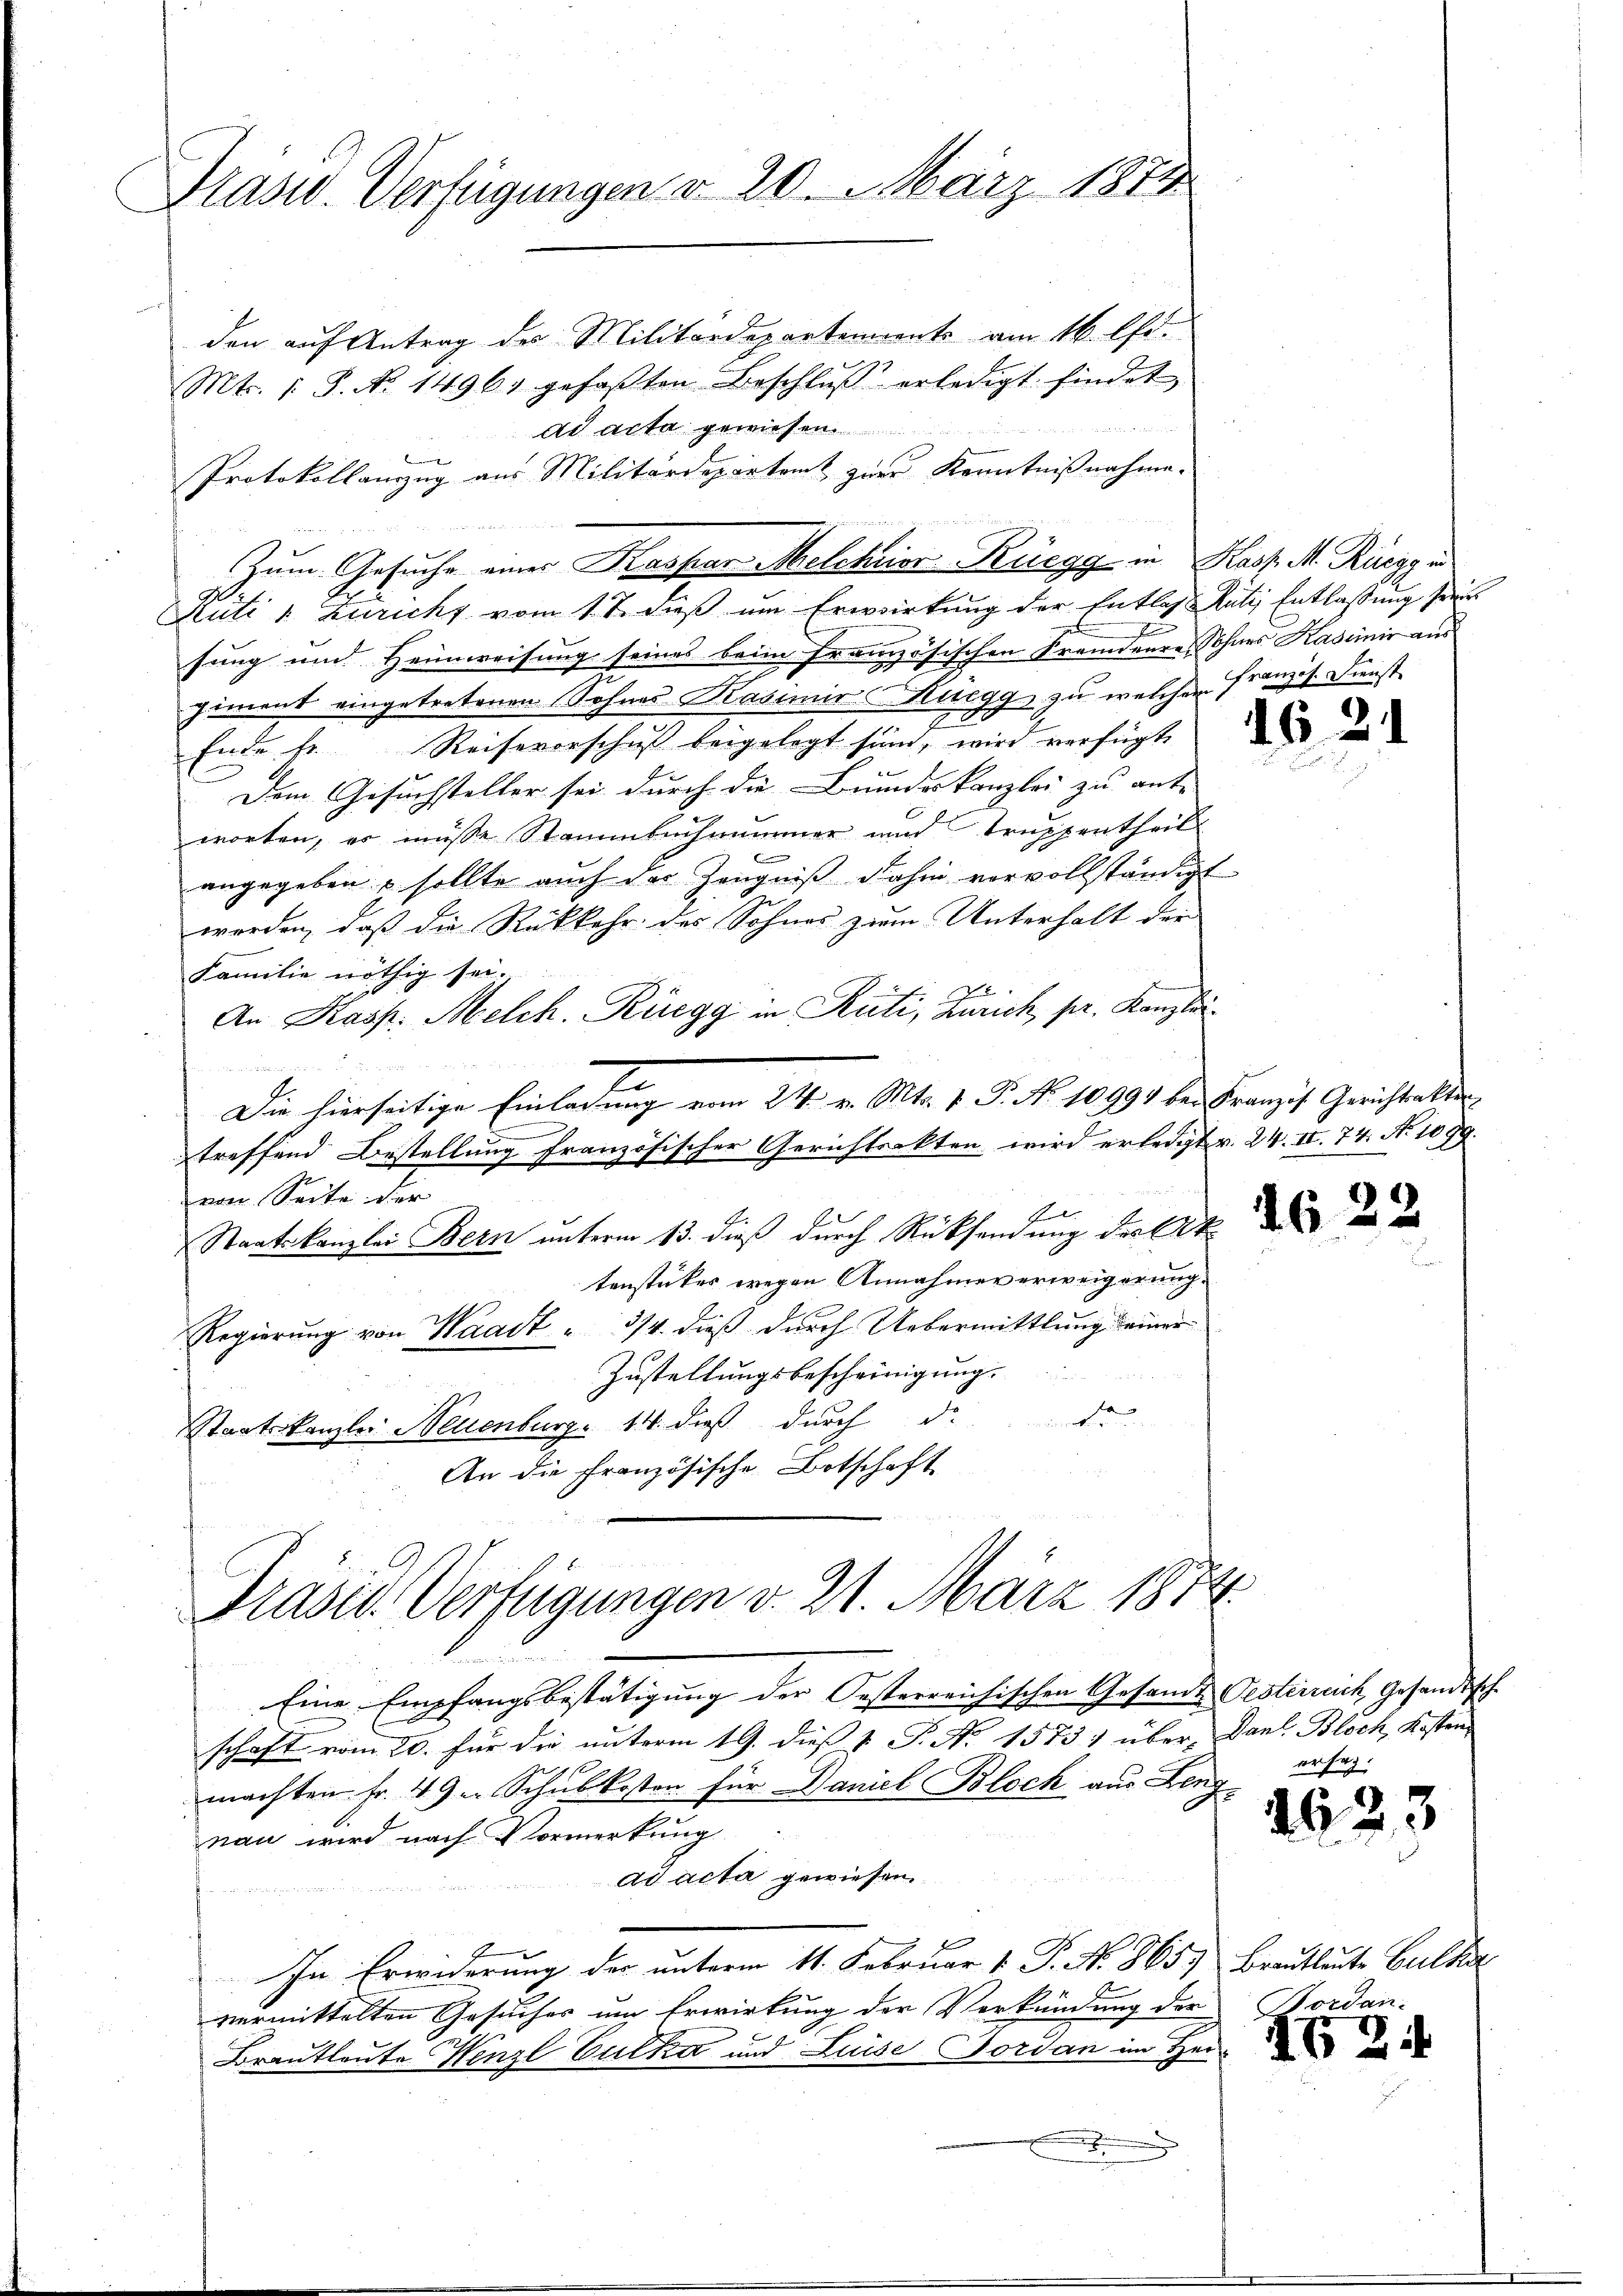
Präsid. Verfügungen v. 20. März 1872

den auf Antrag des Militärdepartements am 16. fr.
Mts. 1. 8. No. 14961 gefaβten Beschlŭβ erledigt findet

Ad acta gewiesen
Protokollanzug aus Militärdepartamt zur Kenntnißnahme.

Rüti u. Zuricht vom 17. dieß um Erwirkung der Entlass Rüti Entlassung seines
sung und Heimweisung seines beim französischen Fremdenre, Sohnes Kassinie aus
ziment eingetretenen Sohnes Kasimir Ruegg zu welchem Französ. Dienst
Ende fr. Reiseverschuß beigelegt sind, wird verfügte
Dem Gesuchsteller sei durch die Bundeskanzlei zu ant-
worten, er müsse Stammbuch nimmer und Truppentheil
angegeben – sollte auch der Zeugniß dahin vervollständigt
werden, daß die Rückkehr des Sohnes zum Unterhalt der
Familie nöthig sei.
An Kasp. Melch. Rüegg in Rüti, Zürich pr. Kanzlei.

7
Die hierseitige Einladung vom 24. v. Mts. v. P. No 10994 bei Französ. Gerichtsakter
.
treffend Bestellung französischer Gerichtsakten wird erledigt v. 24. II. 74. No 1099.
von Seite der
P
Staatskanzlei Bern unterm 13. dieß durch Rücksendung der Ak
tenstückes wegen Annahmer erweigerung.
Regierung von Waadt " 3/4. dieß durch Uebermittlung seiner
Zustellungsbescheinigung.
t
Staatskanzler Neuenburg 14. dieß durch d
An die französische Botschaft

Zum Gesuche einer Kaspar Melchior Rüegg in Kasp. M. Rüeggi

Präsid. Verfügungen d. 21. März 1874

Eine Empfangsbestätigung der Oesterreichischen Gesandt Oesterreich, Gesandtsch
schaft vom 20. für die unterm 19. dieß v. P. No 1573 über Danl. Bloch, Kosten
machten Fr. 49. Schulkosten für Daniel Bloch aus Lengnau wird nach Vormerkung
ad acta gewiesen.
In Erwiderung der unterm 11. Februar v. P. No. 865. Brautleute Culka
vermittelten Gesuches um Erwirkung der Verkündung der
Brautleute Winzl Vulka und Luise Forden im Her

¬

1622

ersag

1623

Bordan